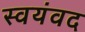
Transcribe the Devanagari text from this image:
स्वयंवद